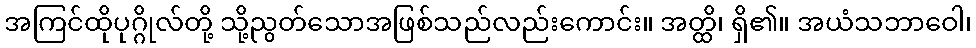
အကြင်ထိုပုဂ္ဂိုလ်တို့ သို့ညွတ်သောအဖြစ်သည်လည်းကောင်း။ အတ္ထိ၊ ရှိ၏။ အယံသဘာဝေါ၊